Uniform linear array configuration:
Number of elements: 24
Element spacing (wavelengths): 1
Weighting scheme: binomial
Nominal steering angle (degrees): -30
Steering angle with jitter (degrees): -31.535
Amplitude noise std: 0.05
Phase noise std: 0.05

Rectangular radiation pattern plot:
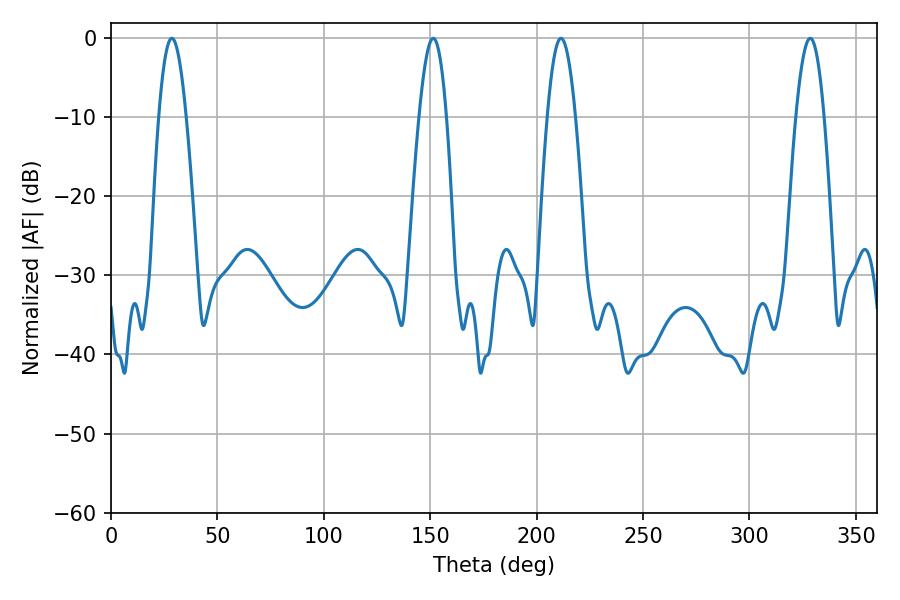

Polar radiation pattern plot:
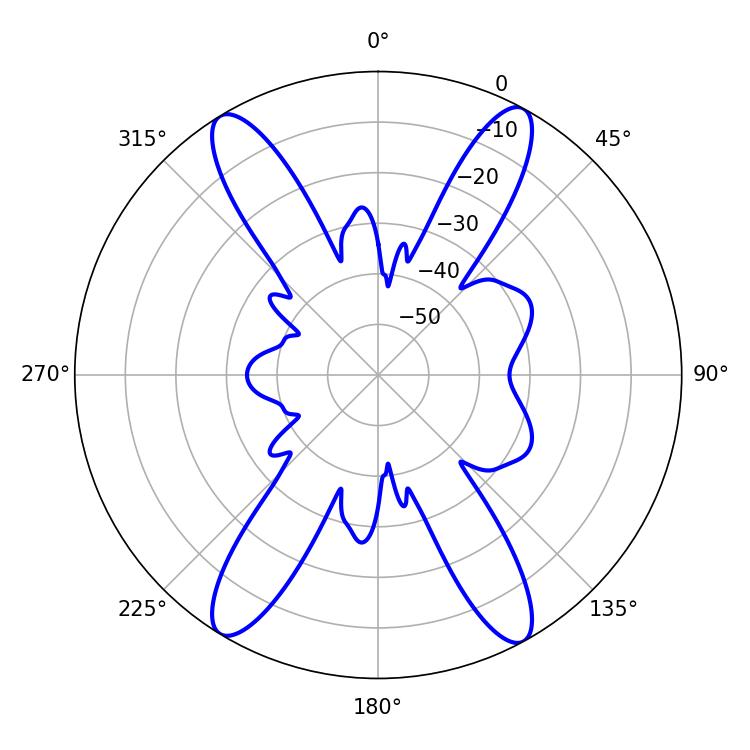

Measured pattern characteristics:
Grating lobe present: TRUE
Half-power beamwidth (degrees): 7.02
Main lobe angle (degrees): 28.62